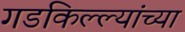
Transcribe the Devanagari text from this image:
गडकिल्ल्यांच्या